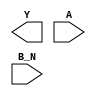
module sky130_fd_sc_hs__nor2b (
    Y  ,
    A  ,
    B_N
);

    output Y  ;
    input  A  ;
    input  B_N;

    // Voltage supply signals
    supply1 VPWR;
    supply0 VGND;

endmodule